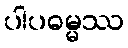
ပါပဓမ္မဿ